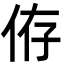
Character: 侟